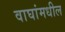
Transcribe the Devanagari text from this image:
वाघांमधील